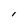
Character: I